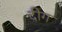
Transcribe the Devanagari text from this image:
दीग